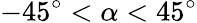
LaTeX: -45^{\circ}<\alpha<45^{\circ}